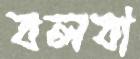
বলবা